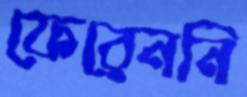
ফেরেননি